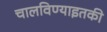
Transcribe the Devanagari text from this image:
चालविण्याइतकी